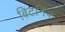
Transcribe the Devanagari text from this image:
बिटनिक